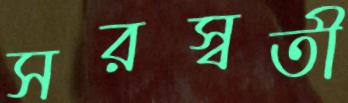
সরস্বতী